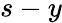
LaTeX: s-y